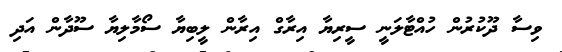
ވިސާ ދޫކުރުން ހުއްޓާލަނީ ސީރިޔާ އިރާގް އިރާން ލީބިޔާ ސޯމާލިޔާ ސޫދާން އަދި